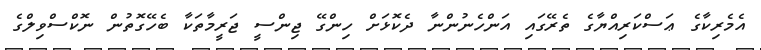
އެމެރިކާގެ ޢަސްކަރިއްޔާގެ ތެރޭގައި އަންހެނުންނާ ދެކޮޅަށް ހިންގޭ ޖިންސީ ޖަރީމާތަކާ ބެހޭގޮތުން ނޮކްސްވިލްގެ